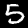
Digit: 5